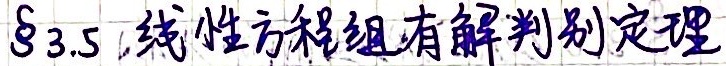
\(\S 3.5\) 线性方程组有解判别定理